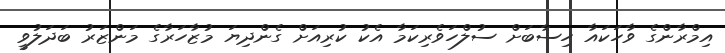
އިމްރާންގެ ވާހަކައާ ހިސާބަށް ސުލްހަވެރިކަމާ އެކު ކުރިއަށް ގެންދިޔަ މުޒާހަރާގެ މަންޒަރު ބަދަލުވީ